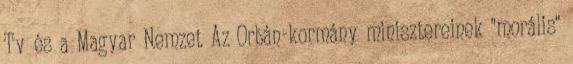
Tv és a Magyar Nemzet Az Orbán-kormány minisztereinek "morális"